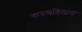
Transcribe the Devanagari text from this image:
करुणविलास